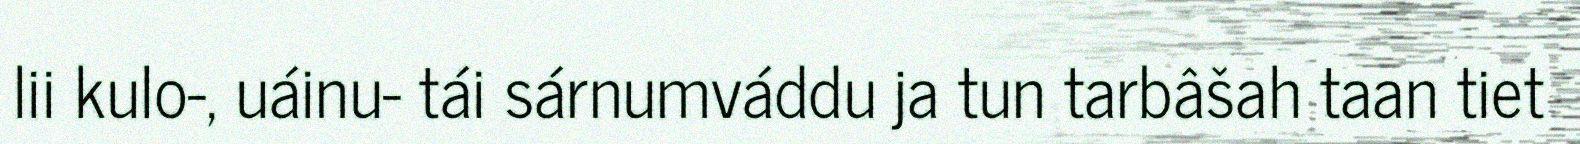
lii kulo-, uáinu- tái sárnumváddu ja tun tarbâšah taan tiet